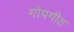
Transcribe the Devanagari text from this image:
गोपगीत